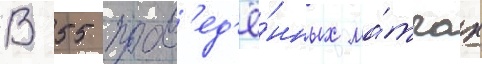
В 55 пров'ед'ё́нных ма́тчах